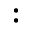
: